Civil Veterinary Dept. Bombay admin report 1907-1913 - 1907-1913
Year: 1907
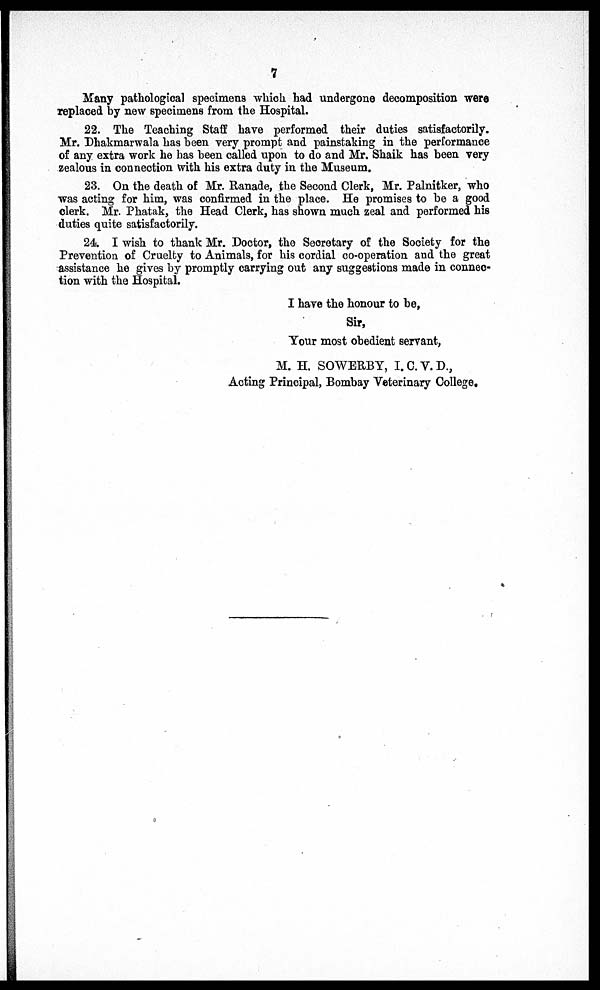
7
Many pathological specimens which had undergone decomposition were
replaced by new specimens from the Hospital.
22. The Teaching Staff have performed their duties satisfactorily.
Mr. Dhakmarwala has been very prompt and painstaking in the performance
of any extra work he has been called upon to do and Mr. Shaik has been very
zealous in connection with his extra duty in the Museum.
23. On the death of Mr. Ranade, the Second Clerk, Mr. Palnitker, who
was acting for him, was confirmed in the place. He promises to be a good
clerk. Mr. Phatak, the Head Clerk, has shown much zeal and performed his
duties quite satisfactorily.
24. I wish to thank Mr. Doctor, the Secretary of the Society for the
Prevention of Cruelty to Animals, for his cordial co-operation and the great
assistance he gives by promptly carrying out any suggestions made in connec-
tion with the Hospital.
I have the honour to be,
Sir,
Your most obedient servant,
M. H. SOWERBY, I. C. V. D.,
Acting Principal, Bombay Veterinary College.